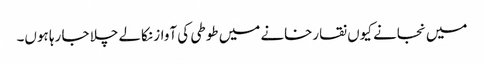
میں نجانے کیوں نقارخانے میں طوطی کی آواز نکالے چلا جا رہا ہوں۔